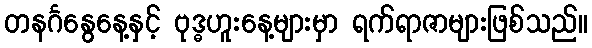
တနင်္ဂနွေနေ့နှင့် ဗုဒ္ဓဟူးနေ့များမှာ ရက်ရာဇာများဖြစ်သည်။